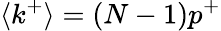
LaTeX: \langle k^{+}\rangle=(N-1)p^{+}